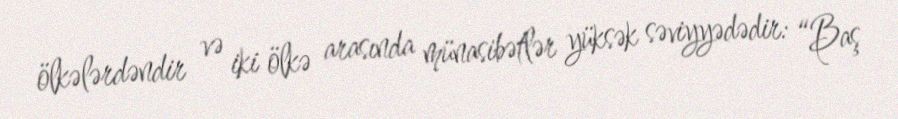
ölkələrdəndir və iki ölkə arasında münasibətlər yüksək səviyyədədir: “Baş